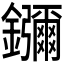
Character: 𬬠